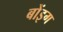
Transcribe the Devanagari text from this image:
बोंइग